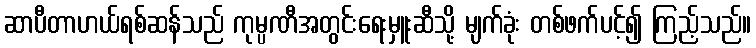
ဆာပီတာဟယ်ရစ်ဆန်သည် ကုမ္ပဏီအတွင်းရေးမှူးဆီသို့ မျက်ခုံး တစ်ဖက်ပင့်၍ ကြည့်သည်။